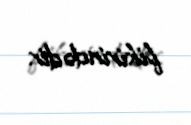
fikirindədir.